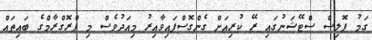
ގަމު ޕޮލިސް ސްޓޭޝަނުގައި ރޭ ކުރިއަށް ގެންގޮސްފައިވާއިރު މިއަދުވެސް މި ޕްރޮގްރާމްގެ ބައިތައް